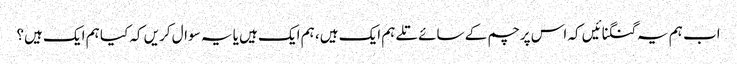
اب ہم یہ گنگنائیں کہ اس پرچم کے سائے تلے ہم ایک ہیں، ہم ایک ہیں یا یہ سوال کریں کہ کیا ہم ایک ہیں؟